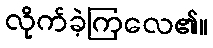
လိုက်ခဲ့ကြလေ၏။